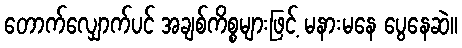
တောက်လျှောက်ပင် အချစ်ကိစ္စများဖြင့် မနားမနေ ပွေနေဆဲ။